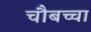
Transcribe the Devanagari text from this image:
चौबच्चा